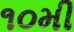
૧૦મી